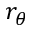
r _ { \theta }